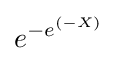
e^{-e^{(-X)}}